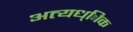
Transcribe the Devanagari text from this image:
अत्यध्ािक